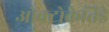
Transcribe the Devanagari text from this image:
ओक्टोकेतिडे